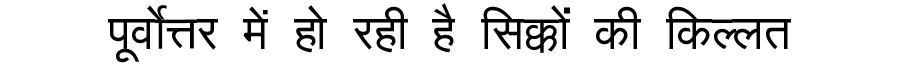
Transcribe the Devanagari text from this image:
पूर्वोत्तर में हो रही है सिक्कों की किल्लत